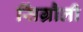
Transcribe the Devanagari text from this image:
सिंग्रौली